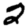
Digit: 2